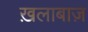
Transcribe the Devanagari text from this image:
ख़लाबाज़